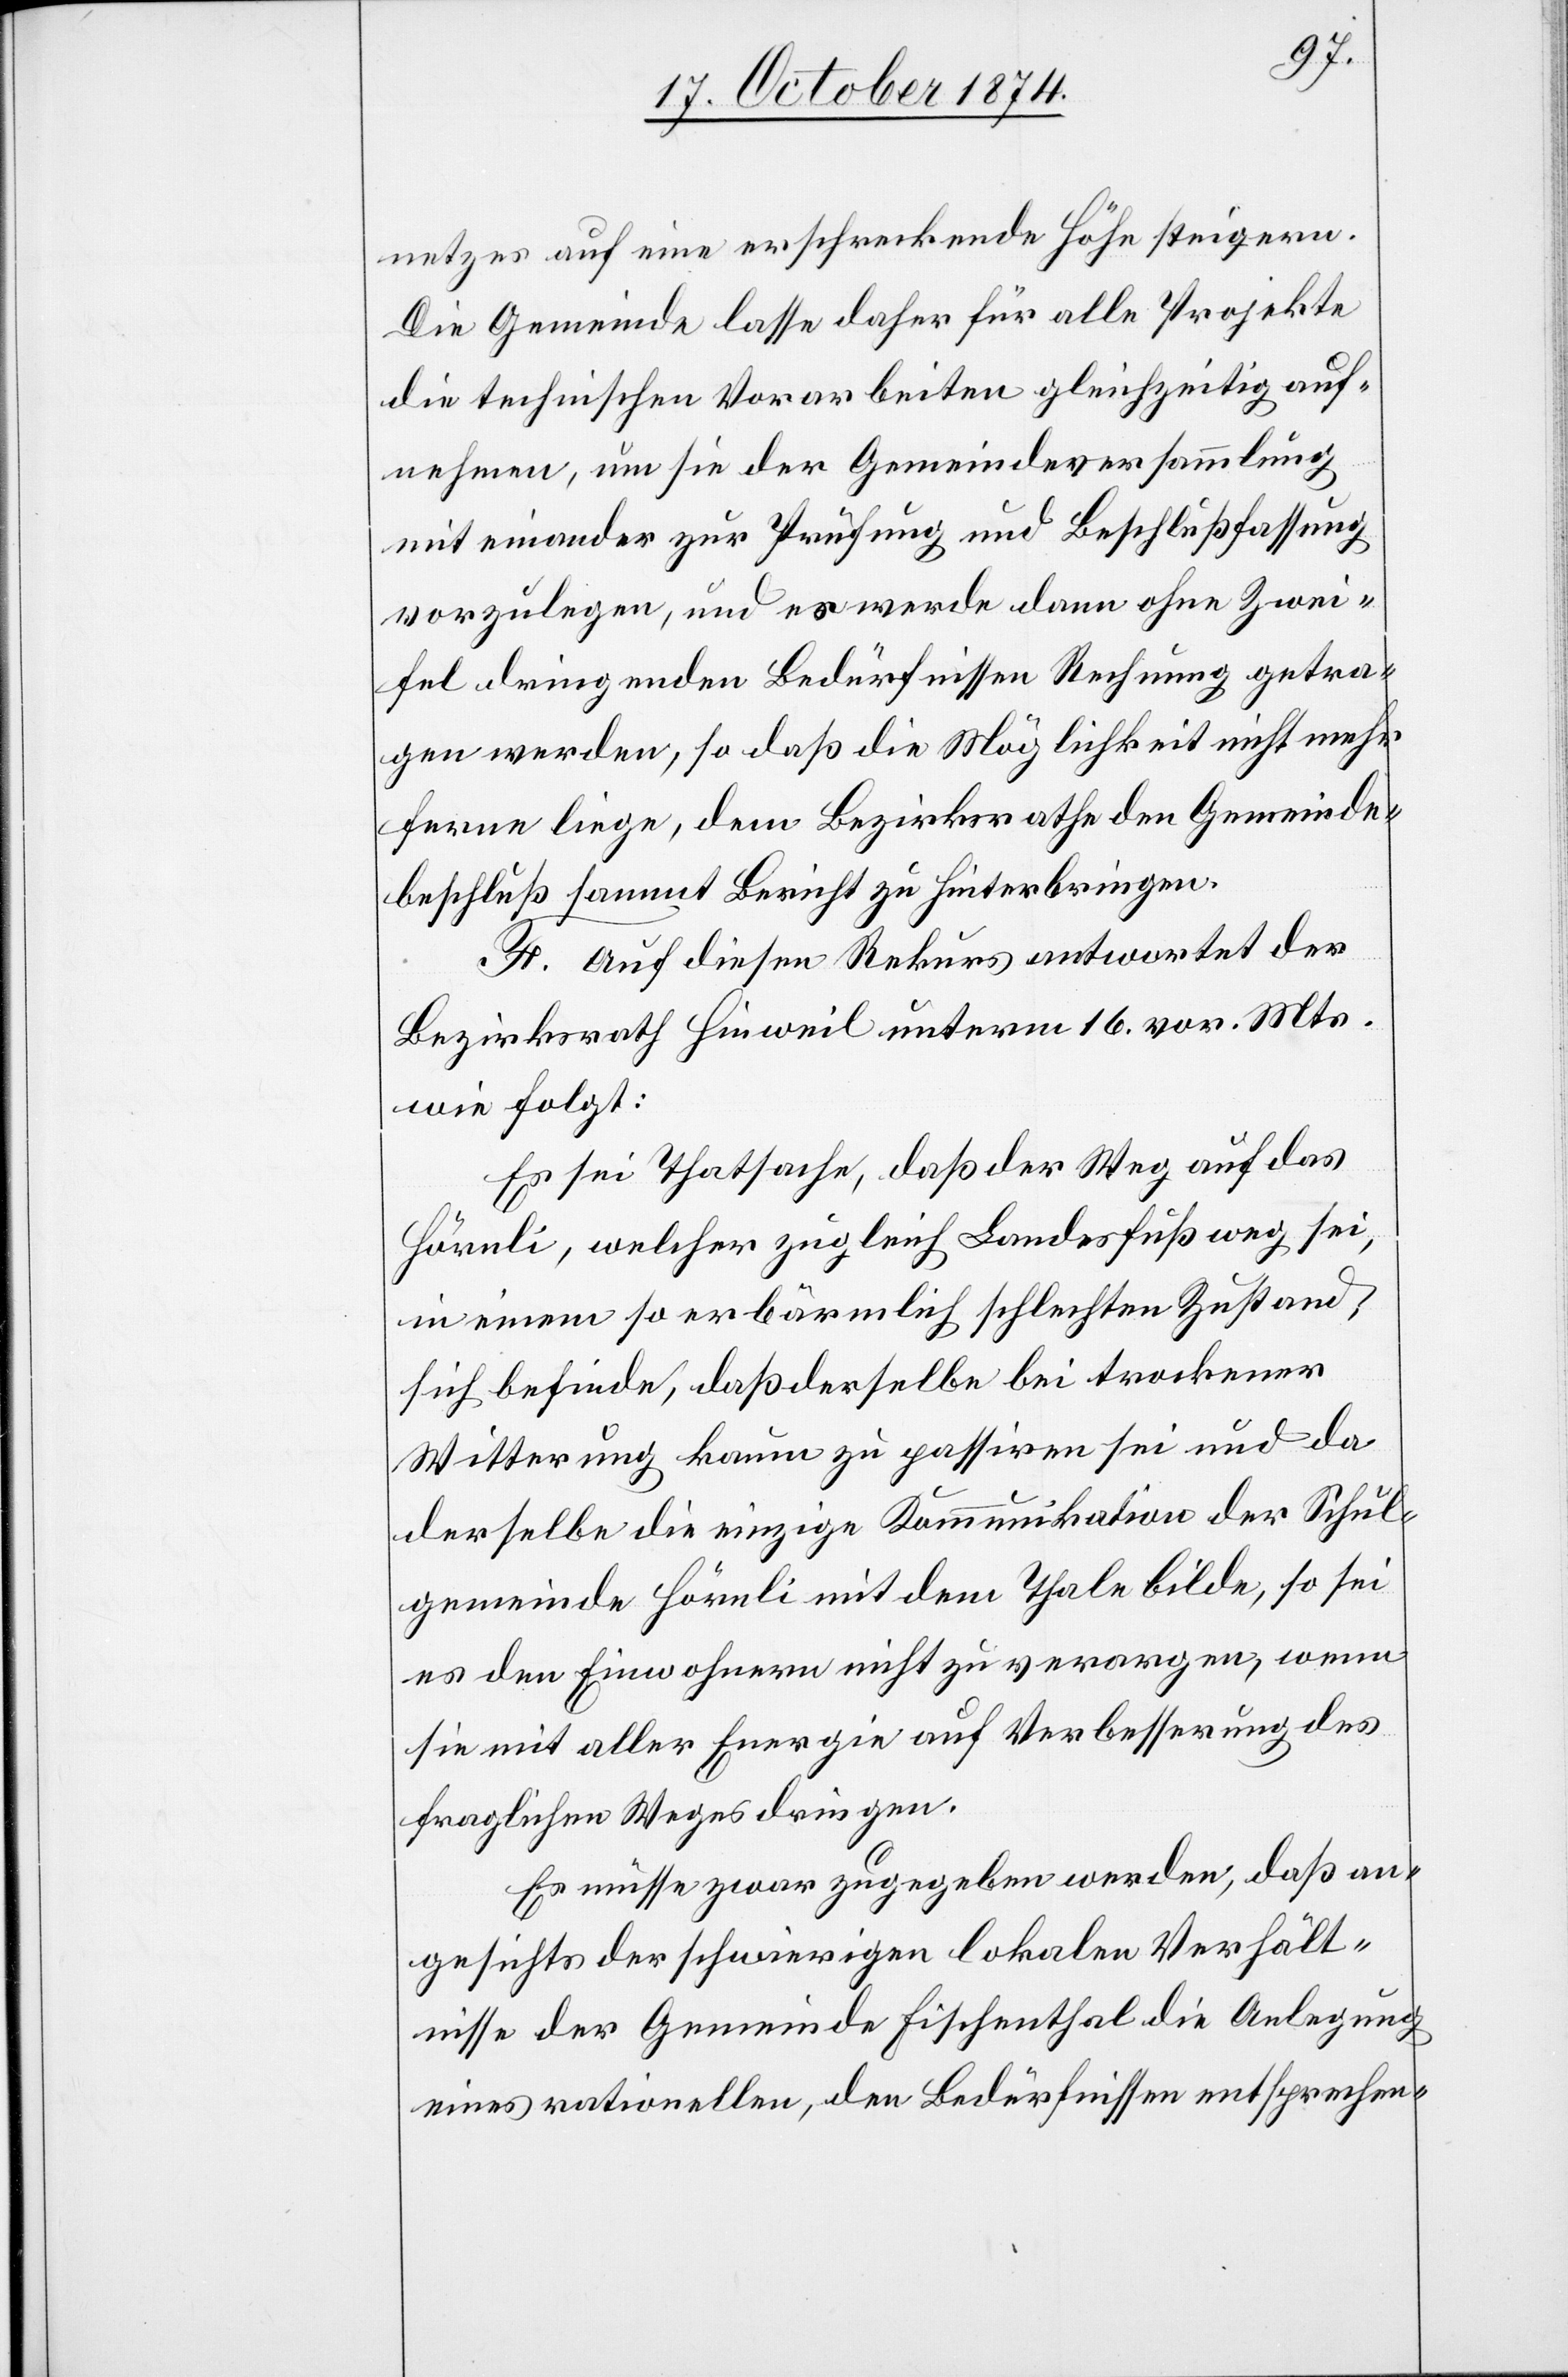
netzes auf eine erschreckende Höhe steigern.
Die Gemeinde lasse daher für alle Projekte
die technischen Vorarbeiten gleichzeitig auf¬
nehmen, um sie der Gemeindeversammlung
mit einander zur Prüfung und Beschlußfassung
vorzulegen, und es werde dann ohne Zwei¬
fel dringenden Bedürfnissen Rechnung getra¬
gen werden, so daß die Möglichkeit nicht mehr
ferne liege, dem Bezirksrathe den Gemeinde¬
beschluß sammt Bericht zu hinterbringen.
F. Auf diesen Rekurs antwortet der
Bezirksrath Hinweil unterm 16. vor. Mts.
wie folgt:
Es sei Thatsache, daß der Weg auf das
Hörnli, welcher zugleich Landesfußweg sei,
in einem so erbärmlich schlechten Zustand
sich befinde, daß derselbe bei trockener
Witterung kaum zu passiren sei und da
derselbe die einzige Kommunikation der Schul¬
gemeinde Hörnli mit dem Thale bilde, so sei
es den Einwohnern nicht zu verargen, wenn
sie mit aller Energie auf Verbesserung des
fraglichen Weges dringen.
Es müsse zwar zugegeben werden, daß an¬
gesichts der schwierigen lokalen Verhält¬
nisse der Gemeinde Fischenthal die Anlegung
eines rationellen, den Bedürfnissen entsprechen-